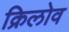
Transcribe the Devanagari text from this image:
क्रिलोव